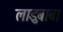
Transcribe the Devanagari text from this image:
लाडुबाबा